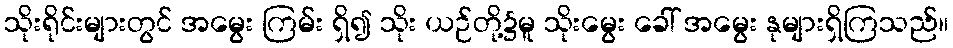
သိုးရိုင်းများတွင် အမွေး ကြမ်း ရှိ၍ သိုး ယဉ်တို့၌မူ သိုးမွေး ခေါ် အမွေး နုများရှိကြသည်။